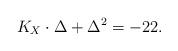
LaTeX: \begin{align*}K_X\cdot \Delta +\Delta^2=-22.\end{align*}